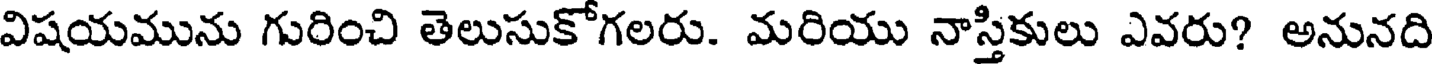
విషయమును గురించి తెలుసుకోగలరు. మరియు నాస్తికులు ఎవరు? అనునది